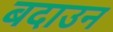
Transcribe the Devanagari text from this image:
बदाउन